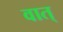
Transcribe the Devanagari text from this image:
वात्